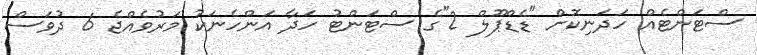
ސްޓަންޓެއް ހަދަނިކޮށް "ޑެޑްޕޫލް 2"ގެ ސްޓަންޓު ހަދާ އަންހެނަކު މަރުވެއްޖެ 6 ދުވަސް